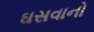
ઘસવાનો